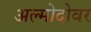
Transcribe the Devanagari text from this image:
अल्मोदोवर